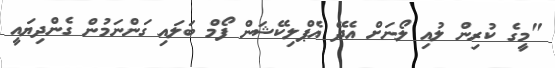
"މީގެ ކުރިން ލުއި ލޯނަށް އެދޭ އެޕްލިކޭޝަން ފޯމް ބަލައި ގަންނަމުން ގެންދިޔައީ